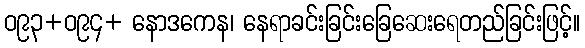
ဝ၉၃+ဝ၉၄+ နောဒကေန၊ နေရာခင်းခြင်းခြေဆေးရေတည်ခြင်းဖြင့်။